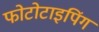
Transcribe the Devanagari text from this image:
फोटोटाइपिंग